Civil Veterinary Department Bihar & Orissa reports 1929-36 - 1929-1936
Year: 1929
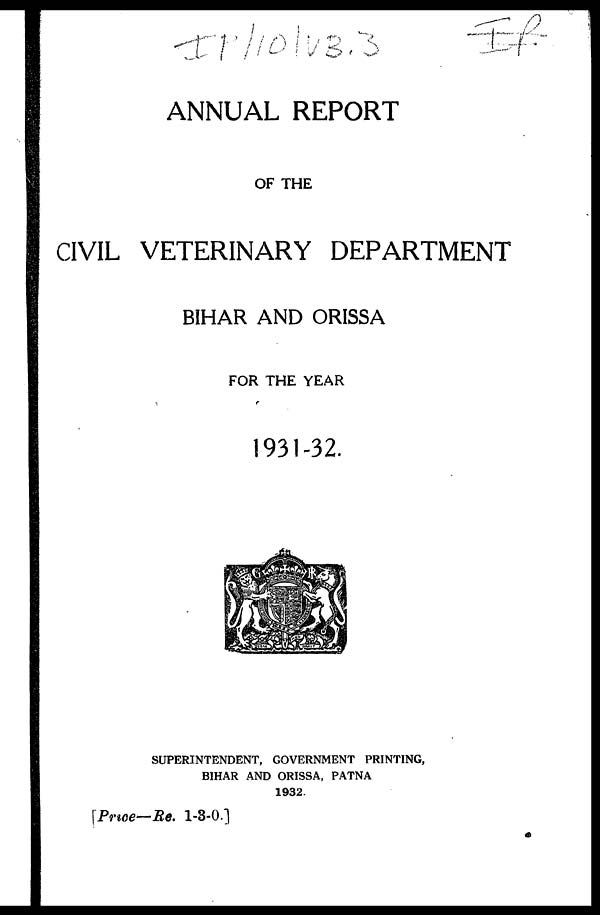
ANNUAL REPORT
OF THE
CIVIL VETERINARY DEPARTMENT
BIHAR AND ORISSA
FOR THE YEAR
1931-32.
SUPERINTENDENT, GOVERNMENT PRINTING,
BIHAR AND ORISSA, PATNA
1932.
[Price—Re. 1-3-0.]